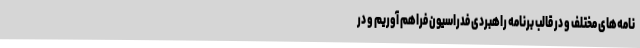
نامه‌های مختلف و در قالب برنامه راهبردی فدراسیون فراهم آوریم و در